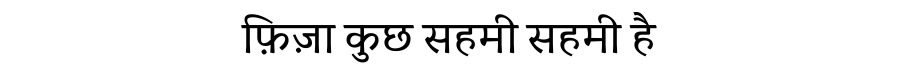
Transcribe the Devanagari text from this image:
फ़िज़ा कुछ सहमी सहमी है